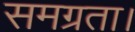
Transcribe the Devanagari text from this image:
समग्रता।